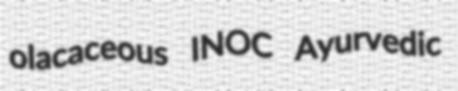
olacaceous INOC Ayurvedic